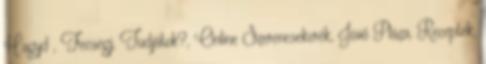
Hagyd , Fecsegj, Tudjátok?, Online Szerencsekerék, Jövő Pláza, Receptek,